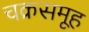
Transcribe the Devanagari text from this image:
चक्रसमूह